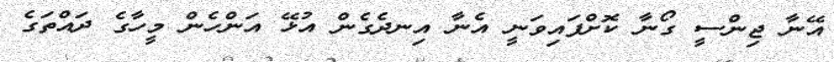
އޭނާ ޖިންސީ ގޯނާ ކޮށްފައިވަނީ އެނާ އިނދެގެން އުޅޭ އަންހެން މީހާގެ ދައްތަގެ